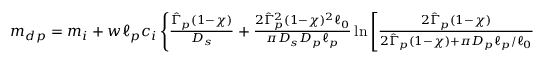
\begin{array} { r } { m _ { d p } = m _ { i } + w \ell _ { p } c _ { i } \left\{ \frac { \hat { \Gamma } _ { p } ( 1 - \chi ) } { D _ { s } } + \frac { 2 \hat { \Gamma } _ { p } ^ { 2 } ( 1 - \chi ) ^ { 2 } \ell _ { 0 } } { \pi D _ { s } D _ { p } \ell _ { p } } \ln \left[ \frac { 2 \hat { \Gamma } _ { p } ( 1 - \chi ) } { 2 \hat { \Gamma } _ { p } ( 1 - \chi ) + \pi D _ { p } \ell _ { p } / \ell _ { 0 } } \right] \right\} } \end{array}